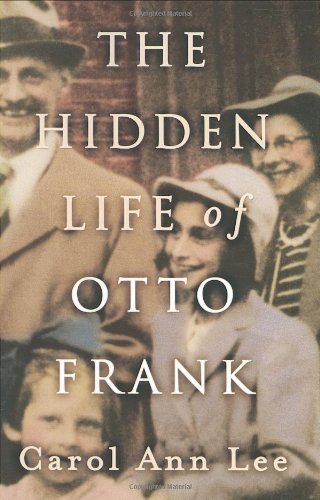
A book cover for The Hidden Life of Otto Frank; Carol Ann Lee; Biographies & Memoirs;